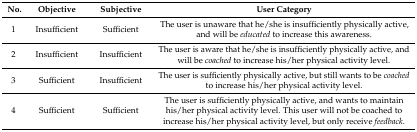
<table><thead><tr><td><b>No.</b></td><td><b>Objective</b></td><td><b>Subjective</b></td><td><b>User Category</b></td></tr></thead><tbody><tr><td>1</td><td>Insufficient</td><td>Sufficient</td><td>The user is unaware that he/she is insufficiently physically active, and will be <i>educated</i> to increase this awareness.</td></tr><tr><td>2</td><td>Insufficient</td><td>Insufficient</td><td>The user is aware that he/she is insufficiently physically active, and will be <i>coached</i> to increase his/her physical activity level.</td></tr><tr><td>3</td><td>Sufficient</td><td>Insufficient</td><td>The user is sufficiently physically active, but still wants to be <i>coached</i> to increase his/her physical activity level.</td></tr><tr><td>4</td><td>Sufficient</td><td>Sufficient</td><td>The user is sufficiently physically active, and wants to maintain his/her physical activity level. This user will not be coached to increase his/her physical activity level, but only receive <i>feedback</i>.</td></tr></tbody></table>